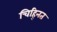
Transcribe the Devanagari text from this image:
चिह्‍नित